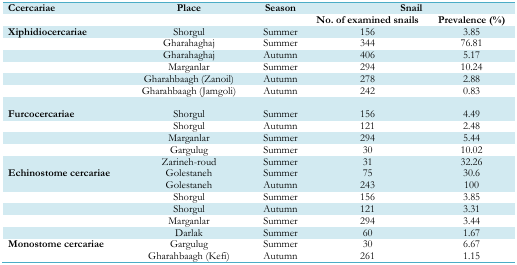
<table><thead><tr><td><b>Ccercariae</b></td><td><b>Place</b></td><td><b>Season</b></td><td colspan="2"><b>Snail</b></td></tr><tr><td></td><td></td><td></td><td><b>No. of examined snails</b></td><td><b>Prevalence (%)</b></td></tr></thead><tbody><tr><td><b>Xiphidiocercariae</b></td><td>Shorgul</td><td>Summer</td><td>156</td><td>3.85</td></tr><tr><td></td><td>Gharahaghaj</td><td>Summer</td><td>344</td><td>76.81</td></tr><tr><td></td><td>Gharahaghaj</td><td>Autumn</td><td>406</td><td>5.17</td></tr><tr><td></td><td>Marganlar</td><td>Summer</td><td>294</td><td>10.24</td></tr><tr><td></td><td>Gharahbaagh (Zanoil)</td><td>Autumn</td><td>278</td><td>2.88</td></tr><tr><td></td><td>Gharahbaagh (Jamgoli)</td><td>Autumn</td><td>242</td><td>0.83</td></tr><tr><td><b>Furcocercariae</b></td><td>Shorgul</td><td>Summer</td><td>156</td><td>4.49</td></tr><tr><td></td><td>Shorgul</td><td>Autumn</td><td>121</td><td>2.48</td></tr><tr><td></td><td>Marganlar</td><td>Summer</td><td>294</td><td>5.44</td></tr><tr><td></td><td>Gargulug</td><td>Summer</td><td>30</td><td>10.02</td></tr><tr><td rowspan="3"><b>Echinostome cercariae</b></td><td>Zarineh-roud</td><td>Summer</td><td>31</td><td>32.26</td></tr><tr><td>Golestaneh</td><td>Summer</td><td>75</td><td>30.6</td></tr><tr><td>Golestaneh</td><td>Autumn</td><td>243</td><td>100</td></tr><tr><td></td><td>Shorgul</td><td>Summer</td><td>156</td><td>3.85</td></tr><tr><td></td><td>Shorgul</td><td>Autumn</td><td>121</td><td>3.31</td></tr><tr><td></td><td>Marganlar</td><td>Summer</td><td>294</td><td>3.44</td></tr><tr><td></td><td>Darlak</td><td>Summer</td><td>60</td><td>1.67</td></tr><tr><td><b>Monostome cercariae</b></td><td>Gargulug</td><td>Summer</td><td>30</td><td>6.67</td></tr><tr><td></td><td>Gharahbaagh (Kefi)</td><td>Autumn</td><td>261</td><td>1.15</td></tr></tbody></table>